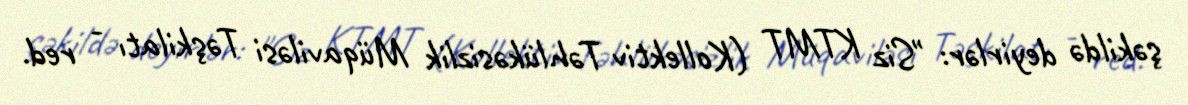
şəkildə deyirlər: "Siz KTMT (Kollektiv Təhlükəsizlik Müqaviləsi Təşkilatı - red.